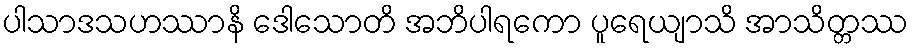
ပါသာဒသဟဿာနိ ဒေါသောတိ အဘိပါရကော ပူရေယျာသိ အာသိတ္တဿ